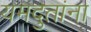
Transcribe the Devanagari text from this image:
यमदुतांना